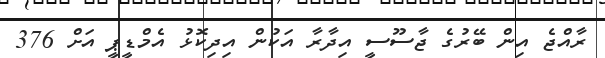
ރާއްޖެ އިން ބޭރުގެ ޖާސޫސީ އިދާރާ އަކުން އިދިކޮޅު އެމްޑީޕީ އަށް 376